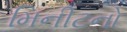
મિનીટનો